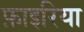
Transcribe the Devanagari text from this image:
फ़ाइरिया